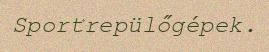
Sportrepülőgépek.